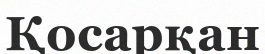
Қосарқан